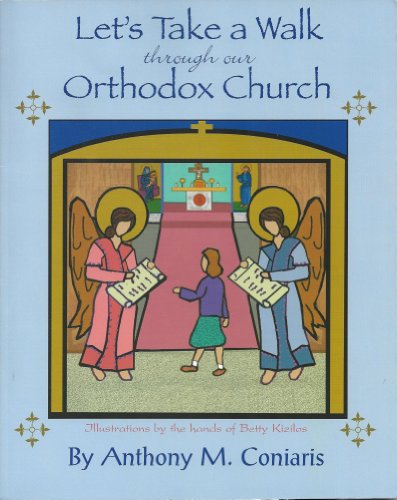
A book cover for Let's Take a Walk Through the Orthodox Church; Father Anthony Coniaris; Children's Books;